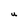
Character: U